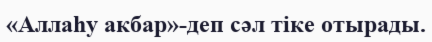
«Аллаһу акбар»-деп сәл тіке отырады.